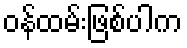
ဝန်ထမ်းဖြစ်ပါက